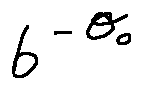
b ^ { - \theta _ { 0 } }